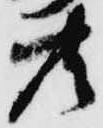
共